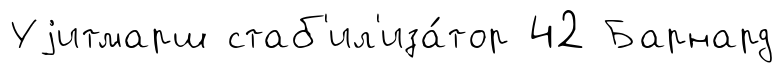
Уjитмарш стаб'ил'иза́тор 42 Барнард